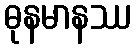
ဓုနမာနဿ